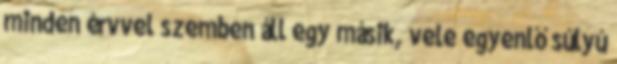
minden érvvel szemben áll egy másik, vele egyenlő súlyú